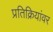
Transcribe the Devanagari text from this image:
प्रतिक्रियांवर